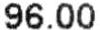
96.00